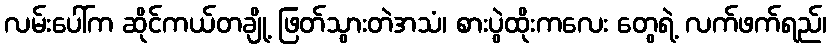
လမ်းပေါ်က ဆိုင်ကယ်တချို့ ဖြတ်သွားတဲအသံ၊ စားပွဲထိုးကလေး တွေရဲ့ လက်ဖက်ရည်၊